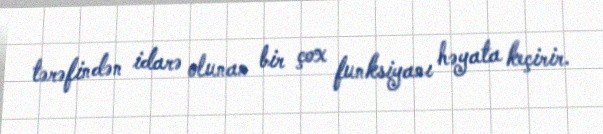
tərəfindən idarə olunan bir çox funksiyanı həyata keçirir.